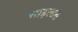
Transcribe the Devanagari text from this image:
चाइल्डस